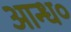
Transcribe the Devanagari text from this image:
आन्ध०